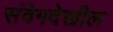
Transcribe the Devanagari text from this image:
संवेगदेखील